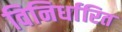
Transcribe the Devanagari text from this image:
विनिर्धारित